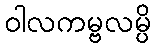
ဝါလကမ္ဗလမ္ပိ